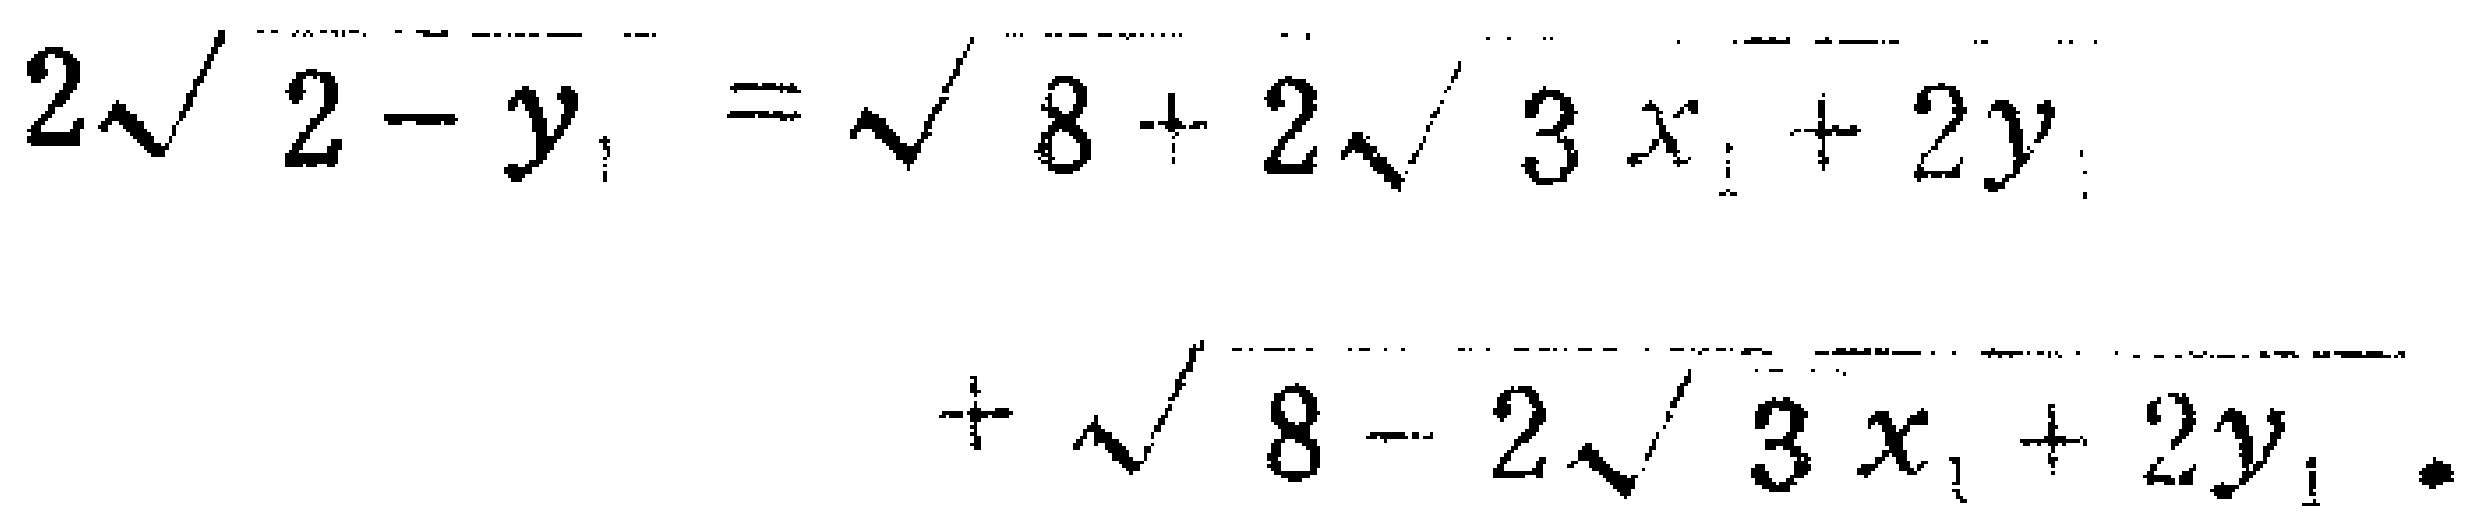
\[
2\sqrt{2 - y_{1}}=\sqrt{8 + 2\sqrt{3x_{1}+2y_{1}}}+\sqrt{8 - 2\sqrt{3x_{1}+2y_{1}}}.
\]